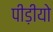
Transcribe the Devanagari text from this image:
पीड़ीयो